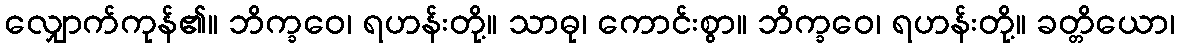
လျှောက်ကုန်၏။ ဘိက္ခဝေ၊ ရဟန်းတို့။ သာဓု၊ ကောင်းစွာ။ ဘိက္ခဝေ၊ ရဟန်းတို့။ ခတ္တိယော၊